Lunatic asylums Central Provinces reports 1895-1909 - 1895-1909
Year: 1895
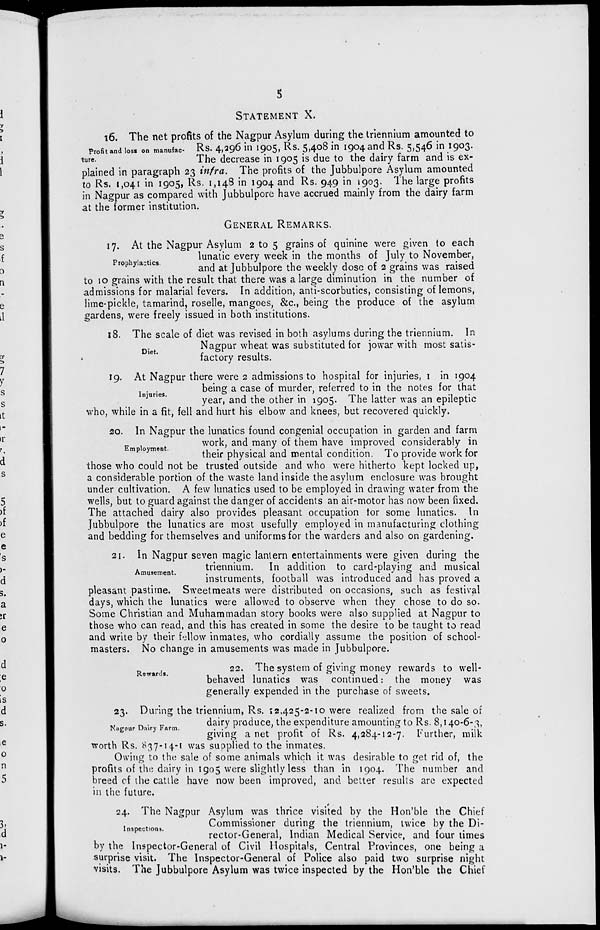
5
STATEMENT X.
Profit and loss on manufac-
ture.
16. The net profits of the Nagpur Asylum during the triennium amounted to
Rs. 4,296 in 1905, Rs. 5,408 in 1904 and Rs. 5,546 in 1903.
The decrease in 1905 is due to the dairy farm and is ex-
plained in paragraph 23 infra. The profits of the Jubbulpore Asylum amounted
to Rs. 1,041 in 1905, Rs. 1,148 in 1904 and Rs. 949 in 1903. The large profits
in Nagpur as compared with Jubbulpore have accrued mainly from the dairy farm
at the former institution.
GENERAL REMARKS.
Prophylactics.
17. At the Nagpur Asylum 2 to 5 grains of quinine were given to each
lunatic every week in the months of July to November,
and at Jubbulpore the weekly dose of 2 grains was raised
to 10 grains with the result that there was a large diminution in the number of
admissions for malarial fevers. In addition, anti-scorbutics, consisting of lemons,
lime-pickle, tamarind, roselle, mangoes, &c, being the produce of the asylum
gardens, were freely issued in both institutions.
Diet.
18. The scale of diet was revised in both asylums during the triennium. In
Nagpur wheat was substituted for jowar with most satis-
factory results.
Injuries.
19. At Nagpur there were 2 admissions to hospital for injuries, 1 in 1904
being a case of murder, referred to in the notes for that
year, and the other in 1905. The latter was an epileptic
who, while in a fit, fell and hurt his elbow and knees, but recovered quickly.
Employment.
20. In Nagpur the lunatics found congenial occupation in garden and farm
work, and many of them have improved considerably in
their physical and mental condition. To provide work for
those who could not be trusted outside and who were hitherto kept locked up,
a considerable portion of the waste land inside the asylum enclosure was brought
under cultivation. A few lunatics used to be employed in drawing water from the
wells, but to guard against the danger of accidents an air-motor has now been fixed.
The attached dairy also provides pleasant occupation for some lunatics. In
Jubbulpore the lunatics are most usefully employed in manufacturing clothing
and bedding for themselves and uniforms for the warders and also on gardening.
Amusement.
21. In Nagpur seven magic lantern entertainments were given during the
triennium. In addition to card-playing and musical
instruments, football was introduced and has proved a
pleasant pastime. Sweetmeats were distributed on occasions, such as festival
days, which the lunatics were allowed to observe when they chose to do so.
Some Christian and Muhammadan story books were also supplied at Nagpur to
those who can read, and this has created in some the desire to be taught to read
and write by their fellow inmates, who cordially assume the position of school-
masters. No change in amusements was made in Jubbulpore.
Rewards.
22. The system of giving money rewards to well-
behaved lunatics was continued: the money was
generally expended in the purchase of sweets.
Nagpur Dairy Farm.
23. During the triennium, Rs. 12,425-2-10 were realized from the sale of
dairy produce, the expenditure amounting to Rs. 8,140-6-3,
giving a net profit of Rs. 4,284-12-7. Further, milk
worth Rs. 837-14-1 was supplied to the inmates.
Owing to the sale of some animals which it was desirable to get rid of, the
profits of the dairy in 1905 were slightly less than in 1904. The number and
breed of the cattle have now been improved, and better results are expected
in the future.
Inspections.
24. The Nagpur Asylum was thrice visited by the Hon'ble the Chief
Commissioner during the triennium, twice by the Di-
rector-General, Indian Medical Service, and four times
by the Inspector-General of Civil Hospitals, Central Provinces, one being a
surprise visit. The Inspector-General of Police also paid two surprise night
visits. The Jubbulpore Asylum was twice inspected by the Hon'ble the Chief